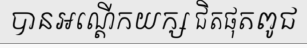
បានអណ្តើកយក្ស ជិតផុតពូជ